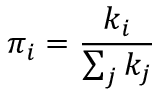
\pi _ { i } = \frac { k _ { i } } { \sum _ { j } k _ { j } }